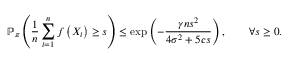
\mathbb { P } _ { \pi } \left( \frac { 1 } { n } \sum _ { i = 1 } ^ { n } f \left( X _ { i } \right) \geq s \right) \leq \exp \left( - \frac { \gamma n s ^ { 2 } } { 4 \sigma ^ { 2 } + 5 c s } \right) , \qquad \forall s \geq 0 .